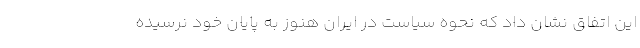
این اتفاق نشان داد که نحوه سیاست در ایران هنوز به پایان خود نرسیده